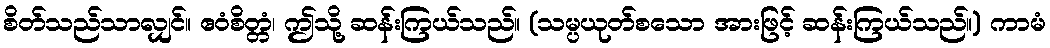
စိတ်သည်သာလျှင်။ ဧဝံစိတ္တံ၊ ဤသို့ ဆန်းကြယ်သည်။ (သမ္ပယုတ်စသော အားဖြင့် ဆန်းကြယ်သည်။) ကာမံ